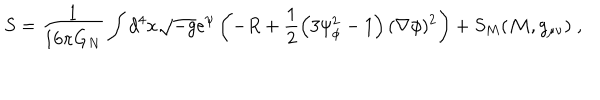
LaTeX: S = \frac { 1 } { 1 6 \pi G _ { N } } \int d ^ { 4 } x \sqrt { - g } e ^ { \psi } \left( - R + \frac { 1 } { 2 } \left( 3 \psi _ { \phi } ^ { 2 } - 1 \right) ( \nabla \phi ) ^ { 2 } \right) + S _ { M } ( { \cal M } , g _ { \mu \nu } ) \; ,